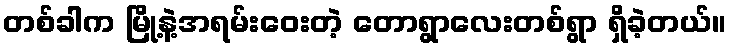
တစ်ခါက မြို့နဲ့အရမ်းဝေးတဲ့ တောရွာလေးတစ်ရွာ ရှိခဲ့တယ်။